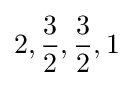
2,{\frac {3}{2}},{\frac {3}{2}},1